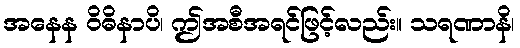
အနေန ဝိဓိနာပိ၊ ဤအစီအရင်ဖြင့်လည်း။ သရဏာနိ၊